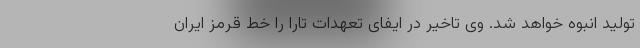
تولید انبوه خواهد شد. وی تاخیر در ایفای تعهدات تارا را خط قرمز ایران